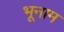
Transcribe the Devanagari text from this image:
भूनाम